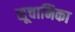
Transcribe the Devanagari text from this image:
सूचानिका